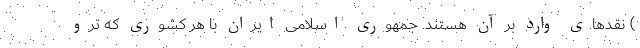
) نقدهای وارد بر آن هستند. جمهوری اسلامی ایران با هر کشوری که ترو